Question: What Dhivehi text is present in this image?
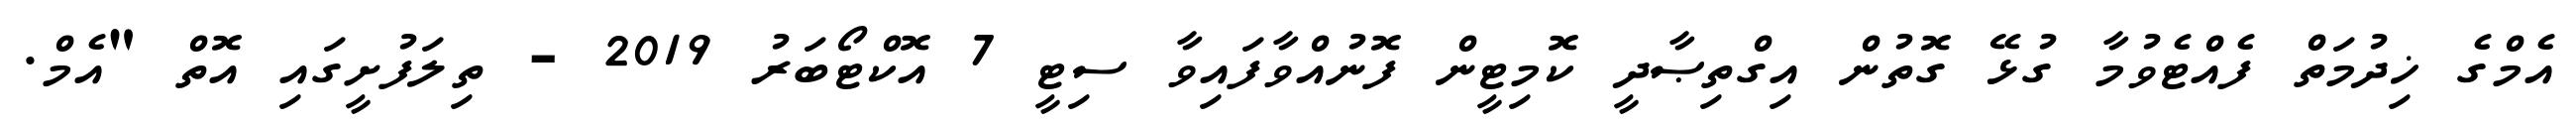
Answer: އެމްގެ ޚިދުމަތް ފެއްޓެވުމާ ގުޅޭ ގޮތުން އިގްތިޞާދީ ކޮމިޓީން ފޮނުއްވާފައިވާ ސިޓީ 7 އޮކްޓޯބަރު 2019 - ތިލަފުށީގައި އޮތް "އެމް.